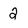
Character: 2